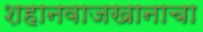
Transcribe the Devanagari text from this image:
शहानवाजखानाचा